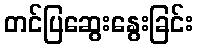
တင်ပြဆွေးနွေးခြင်း